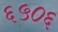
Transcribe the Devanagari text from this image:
६५०६